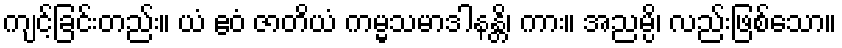
ကျင့်ခြင်းတည်း။ ယံ ဧဝံ ဇာတိယံ ကမ္မသမာဒါနန္တိ၊ ကား။ အညမ္ပိ၊ လည်းဖြစ်သော။